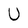
Character: U